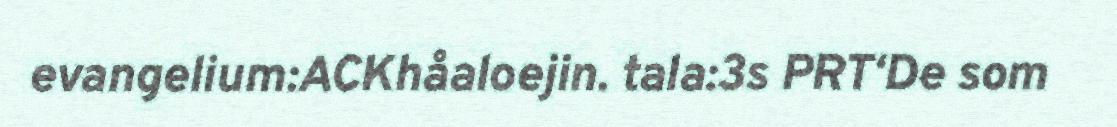
evangelium:ACKhåaloejin. tala:3s PRT‘De som